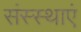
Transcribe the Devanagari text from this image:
संस्स्थाएं